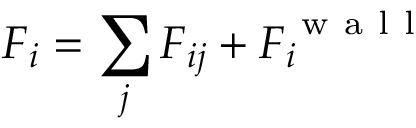
{ \boldsymbol { F } _ { i } = \sum _ { j } \boldsymbol { F } _ { i j } + \boldsymbol { F } _ { i } ^ { \mathrm { ~ w ~ a ~ l ~ l ~ } } }